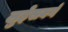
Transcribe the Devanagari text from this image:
लुईसबर्ग